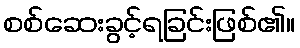
စစ်ဆေးခွင့်ရခြင်းဖြစ်၏။